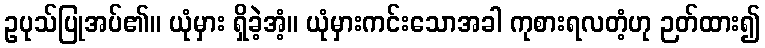
ဥပုသ်ပြုအပ်၏။ ယုံမှား ရှိခဲ့အံ့။ ယုံမှားကင်းသောအခါ ကုစားရလတံ့ဟု ဉတ်ထား၍